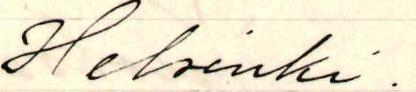
Helsinki.